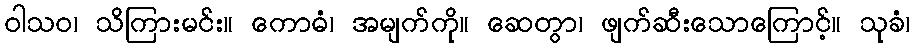
ဝါသဝ၊ သိကြားမင်း။ ကောဓံ၊ အမျက်ကို။ ဆေတွာ၊ ဖျက်ဆီးသောကြောင့်။ သုခံ၊